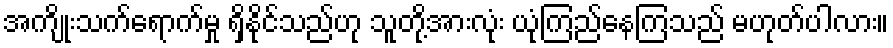
အကျိုးသက်ရောက်မှု ရှိနိုင်သည်ဟု သူတို့အားလုံး ယုံကြည်နေကြသည် မဟုတ်ပါလား။